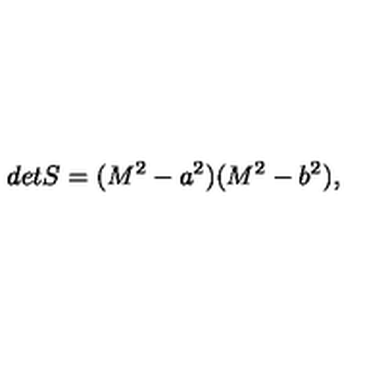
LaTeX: d e t S = ( M ^ { 2 } - a ^ { 2 } ) ( M ^ { 2 } - b ^ { 2 } ) , \qquad